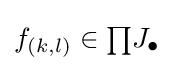
f_{(k,l)}\in {\textstyle \prod }J_{\bullet }